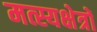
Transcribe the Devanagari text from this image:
मत्स्यक्षेत्रों